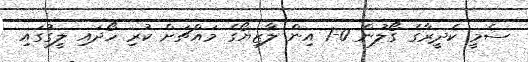
ސެމީ ކެދީރާގެ ގޯލުން 0-1 އިން ލާޒިޔޯގެ މައްޗަށް ކުރި ހޯދައި ލީގުގައި